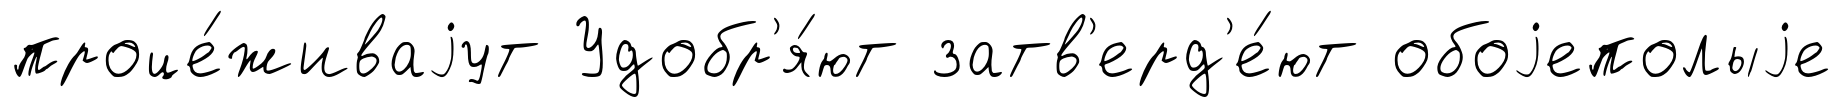
проце́живаjут Удобр'я́ют затв'ерд'е́ют обоjеполыjе